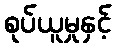
စုပ်ယူမှုနှင့်